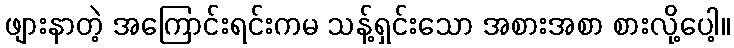
ဖျားနာတဲ့ အကြောင်းရင်းကမ သန့်ရှင်းသော အစားအစာ စားလို့ပေါ့။